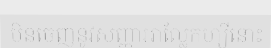
មិនចេញនូវសញ្ញាអាល្លែកហ្ស៊ីនោះ